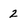
Character: 2